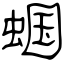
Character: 蝈